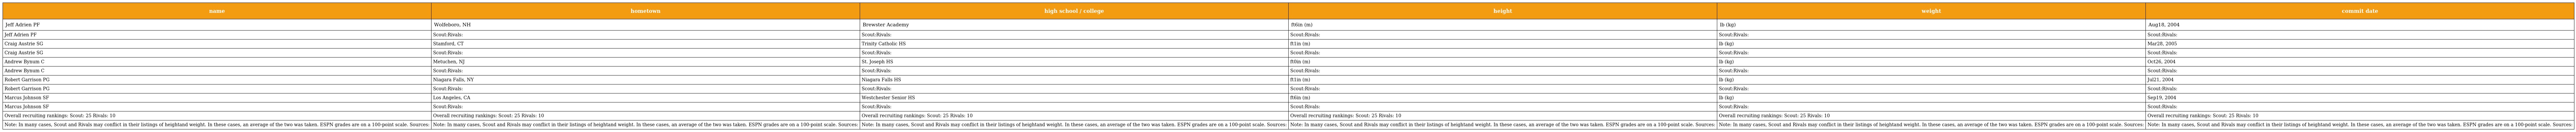
| name | hometown | high school / college | height | weight | commit date |
 | --- | --- | --- | --- | --- | --- |
 | Jeff Adrien PF | Wolfeboro, NH | Brewster Academy | ft6in (m) | lb (kg) | Aug18, 2004 |
 | Jeff Adrien PF | Scout:Rivals: | Scout:Rivals: | Scout:Rivals: | Scout:Rivals: | Scout:Rivals: |
 | Craig Austrie SG | Stamford, CT | Trinity Catholic HS | ft1in (m) | lb (kg) | Mar28, 2005 |
 | Craig Austrie SG | Scout:Rivals: | Scout:Rivals: | Scout:Rivals: | Scout:Rivals: | Scout:Rivals: |
 | Andrew Bynum C | Metuchen, NJ | St. Joseph HS | ft0in (m) | lb (kg) | Oct26, 2004 |
 | Andrew Bynum C | Scout:Rivals: | Scout:Rivals: | Scout:Rivals: | Scout:Rivals: | Scout:Rivals: |
 | Robert Garrison PG | Niagara Falls, NY | Niagara Falls HS | ft1in (m) | lb (kg) | Jul21, 2004 |
 | Robert Garrison PG | Scout:Rivals: | Scout:Rivals: | Scout:Rivals: | Scout:Rivals: | Scout:Rivals: |
 | Marcus Johnson SF | Los Angeles, CA | Westchester Senior HS | ft6in (m) | lb (kg) | Sep19, 2004 |
 | Marcus Johnson SF | Scout:Rivals: | Scout:Rivals: | Scout:Rivals: | Scout:Rivals: | Scout:Rivals: |
 | Overall recruiting rankings: Scout: 25 Rivals: 10 | Overall recruiting rankings: Scout: 25 Rivals: 10 | Overall recruiting rankings: Scout: 25 Rivals: 10 | Overall recruiting rankings: Scout: 25 Rivals: 10 | Overall recruiting rankings: Scout: 25 Rivals: 10 | Overall recruiting rankings: Scout: 25 Rivals: 10 |
 | Note: In many cases, Scout and Rivals may conflict in their listings of heightand weight. In these cases, an average of the two was taken. ESPN grades are on a 100-point scale. Sources: | Note: In many cases, Scout and Rivals may conflict in their listings of heightand weight. In these cases, an average of the two was taken. ESPN grades are on a 100-point scale. Sources: | Note: In many cases, Scout and Rivals may conflict in their listings of heightand weight. In these cases, an average of the two was taken. ESPN grades are on a 100-point scale. Sources: | Note: In many cases, Scout and Rivals may conflict in their listings of heightand weight. In these cases, an average of the two was taken. ESPN grades are on a 100-point scale. Sources: | Note: In many cases, Scout and Rivals may conflict in their listings of heightand weight. In these cases, an average of the two was taken. ESPN grades are on a 100-point scale. Sources: | Note: In many cases, Scout and Rivals may conflict in their listings of heightand weight. In these cases, an average of the two was taken. ESPN grades are on a 100-point scale. Sources: |